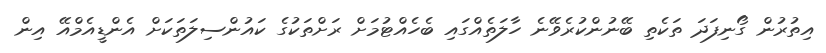
އިތުރުން ގޯނިފަދަ ތަކެތި ބޭނުންކުރެވޭނެ ހާލަތެއްގައި ބެހެއްޓުމަށް ރަށްތަކުގެ ކައުންސިލަތަކަށް އެންޑީއެމްއޭ އިން